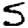
Digit: 5